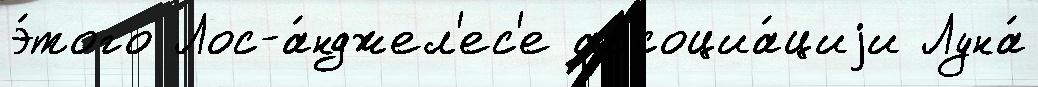
э́того Лос-а́нджел'ес'е ассоциа́циjи Луна́